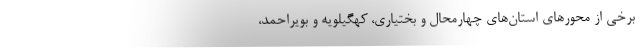
برخی از محورهای استان‌های چهارمحال و بختیاری، کهگیلویه و بویراحمد،